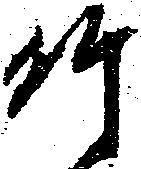
竹